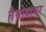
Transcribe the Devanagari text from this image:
नैनोवायर